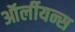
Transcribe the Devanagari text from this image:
ऑर्लीयन्स